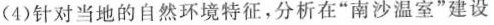
(4)针对当地的自然环境特征，分析在”南沙温室”建设